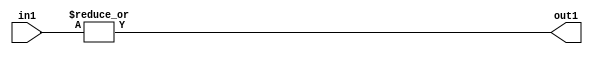
`timescale 1ps / 1ps
/*****************************************************************************
    Verilog RTL Description
    
    
    Created by: CellMath Designer 2019.1.01 
*******************************************************************************/

module bias_add_OrReduction_2U_1U_4 (
	in1,
	out1
	); /* architecture "behavioural" */ 
input [1:0] in1;
output  out1;
wire  asc001;

assign asc001 = 
	(|in1);

assign out1 = asc001;
endmodule

/* CADENCE  urb2Sw4= : u9/ySgnWtBlWxVPRXgAZ4Og= ** DO NOT EDIT THIS LINE ******/